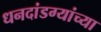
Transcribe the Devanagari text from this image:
धनदांडग्यांच्या